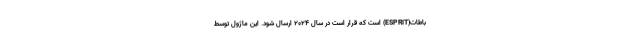
باطات(ESPRIT) است که قرار است در سال ۲۰۲۴ ارسال شود. این ماژول توسط